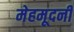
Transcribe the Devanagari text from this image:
मेहमूदनी